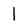
Character: I